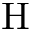
\mathrm { H }